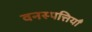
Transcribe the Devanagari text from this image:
वनस्पत्तियाँ